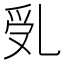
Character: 𠃶